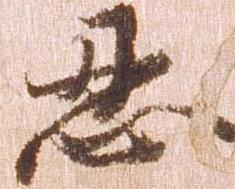
忍